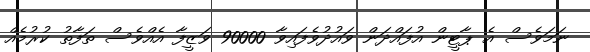
ނަމަވެސް އެ ޕާޓީން އުފައްދަން ވައުދުވެފައިވާ 90000 ވަޒީފާ އެއްވެސް ތަފާތު ކުރުމެއް